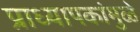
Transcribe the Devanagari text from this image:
प्राध्यापकांमुळे